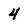
Character: 4